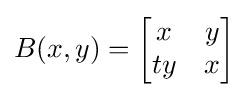
B(x,y)={\begin{bmatrix}x&y\\ty&x\end{bmatrix}}